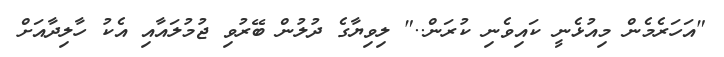
"އަހަރެމެން މިއުޅެނީ ކައިވެނި ކުރަން.." ލިވިޔާގެ ދުލުން ބޭރުވި ޖުމުލައާއި އެކު ހާލިދާއަށް